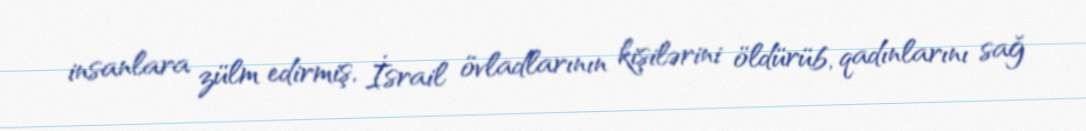
insanlara zülm edirmiş, İsrail övladlarının kişilərini öldürüb, qadınlarını sağ